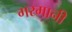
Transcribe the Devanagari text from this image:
गरमानी